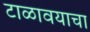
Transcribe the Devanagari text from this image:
टाळावयाचा